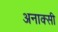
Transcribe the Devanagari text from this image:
अनाक्सी